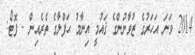
2014 ވަނަ އަހަރުގެ ޒުވާނުންގެ ޤައުމީ އިނާމު ޙަފްލާގެ ތެރެއިން - ފޮޓޯ: